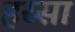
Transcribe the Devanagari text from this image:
हस्सा